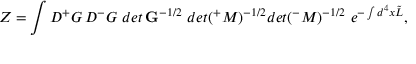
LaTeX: Z = \int { \cal D } { ^ + } G \, { \cal D } { ^ - } G \, \, d e t \, { \bf G } ^ { - 1 / 2 } \, \, d e t ( { ^ + } M ) ^ { - 1 / 2 } d e t ( { ^ - } M ) ^ { - 1 / 2 } \, \, e ^ { - \int d ^ { 4 } x \tilde { L } } ,